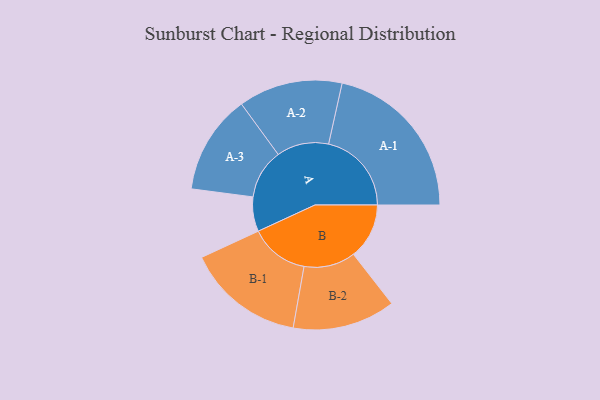
{"axis": {"x": "Segment", "y": "Value"}, "legend": ["", "A", "B"], "data": [{"x": "A", "y": 104, "type": ""}, {"x": "B", "y": 168, "type": ""}, {"x": "A-1", "y": 250, "type": "A"}, {"x": "A-2", "y": 157, "type": "A"}, {"x": "A-3", "y": 150, "type": "A"}, {"x": "B-1", "y": 178, "type": "B"}, {"x": "B-2", "y": 155, "type": "B"}]}